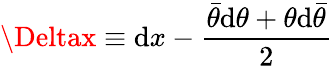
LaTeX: \Deltax\equiv\mathrm{d}x-\frac{{\bar{{\theta}}\mathrm{d}\theta+\theta\mathrm{d}\bar{{\theta}}}}{{2}}